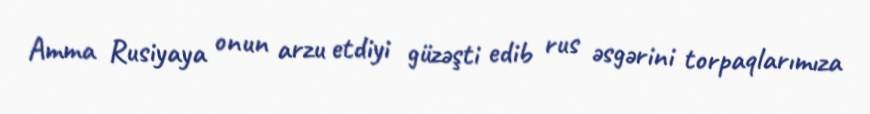
Amma Rusiyaya onun arzu etdiyi güzəşti edib rus əsgərini torpaqlarımıza